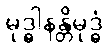
မုဒ္ဓါနန္တိမုဒ္ဓံ